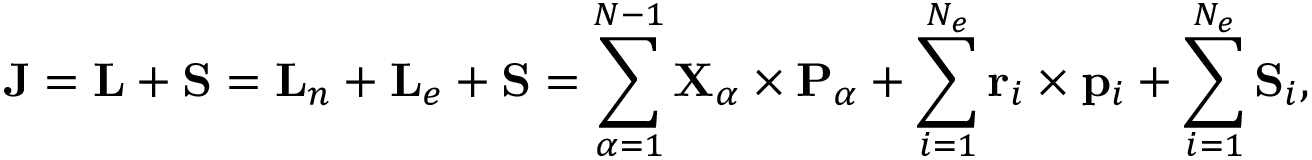
{ \mathbf { J } } = { \mathbf { L } } + { \mathbf { S } } = { \mathbf { L } } _ { n } + { \mathbf { L } } _ { e } + { \mathbf { S } } = \sum _ { \alpha = 1 } ^ { N - 1 } { \mathbf { X } } _ { \alpha } \times { \mathbf { P } } _ { \alpha } + \sum _ { i = 1 } ^ { N _ { e } } { \mathbf { r } } _ { i } \times { \mathbf { p } } _ { i } + \sum _ { i = 1 } ^ { N _ { e } } { \mathbf { S } } _ { i } ,